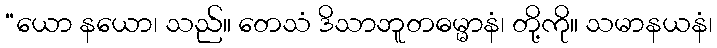
“ယော နယော၊ သည်။ တေသံ ဒိသာဘူတဓမ္မာနံ၊ တို့ကို။ သမာနယနံ၊